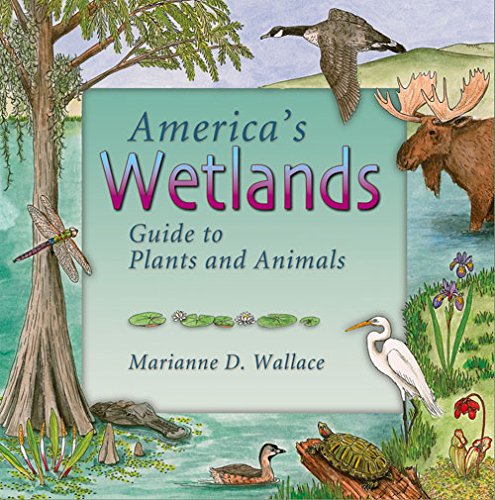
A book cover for America's Wetlands: Guide to Plants and Animals (America's Ecosystems); Marianne D. Wallace; Science & Math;